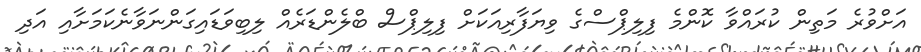
އަށްވުރެ މަތިން ކުރައްވާ ކޮންމެ ފިލިޕްސްގެ ވިޔަފާރިއަކަށް ފިލިޕްސް ބްލެންޑަރެއް ލިބިވަޑައިގަންނަވާނެކަމަށާއި އަދި